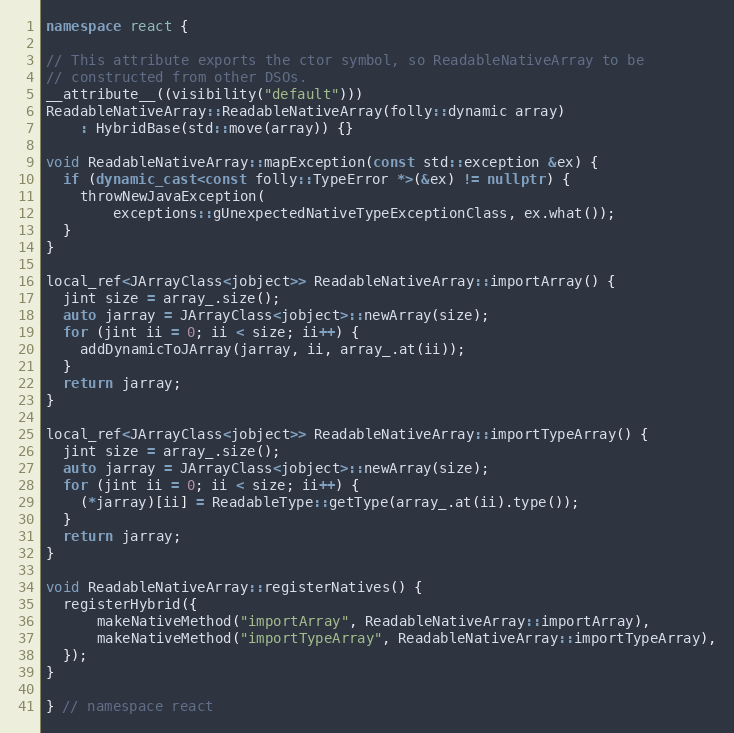
Language: C++
namespace react {

// This attribute exports the ctor symbol, so ReadableNativeArray to be
// constructed from other DSOs.
__attribute__((visibility("default")))
ReadableNativeArray::ReadableNativeArray(folly::dynamic array)
    : HybridBase(std::move(array)) {}

void ReadableNativeArray::mapException(const std::exception &ex) {
  if (dynamic_cast<const folly::TypeError *>(&ex) != nullptr) {
    throwNewJavaException(
        exceptions::gUnexpectedNativeTypeExceptionClass, ex.what());
  }
}

local_ref<JArrayClass<jobject>> ReadableNativeArray::importArray() {
  jint size = array_.size();
  auto jarray = JArrayClass<jobject>::newArray(size);
  for (jint ii = 0; ii < size; ii++) {
    addDynamicToJArray(jarray, ii, array_.at(ii));
  }
  return jarray;
}

local_ref<JArrayClass<jobject>> ReadableNativeArray::importTypeArray() {
  jint size = array_.size();
  auto jarray = JArrayClass<jobject>::newArray(size);
  for (jint ii = 0; ii < size; ii++) {
    (*jarray)[ii] = ReadableType::getType(array_.at(ii).type());
  }
  return jarray;
}

void ReadableNativeArray::registerNatives() {
  registerHybrid({
      makeNativeMethod("importArray", ReadableNativeArray::importArray),
      makeNativeMethod("importTypeArray", ReadableNativeArray::importTypeArray),
  });
}

} // namespace react